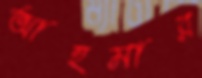
আহমার